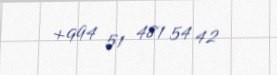
+994 51 481 54 42